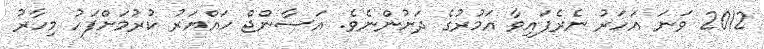
2012 ވަނަ އަހަރު ނެރެފައިވާ އަމުރުގެ ދަށުންނެވެ. އަސާންޖް ހައްޔަރު ކުރުމަށްފަހު މިހާރު